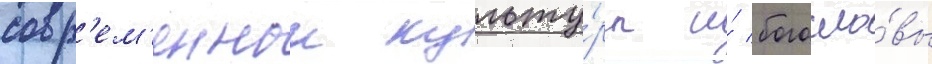
совр'ем'еннои культу́ры и́ богосло́вы